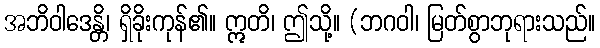
အဘိဝါဒေန္တိ၊ ရှိခိုးကုန်၏။ ဣတိ၊ ဤသို့။ (ဘဂဝါ၊ မြတ်စွာဘုရားသည်။